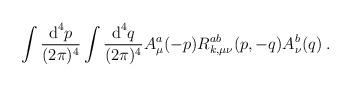
LaTeX: \begin{align*}\int\frac{\mbox{d}^4 p}{(2\pi)^4}\int\frac{\mbox{d}^4 q}{(2\pi)^4} A^a_\mu(-p) R^{ab}_{k,\mu\nu}(p,-q) A^b_\nu(q) \:.\end{align*}